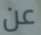
عن